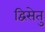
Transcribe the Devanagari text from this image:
द्विसेतु